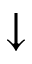
\downarrow